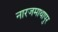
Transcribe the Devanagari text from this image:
नारजमाथापुर